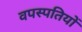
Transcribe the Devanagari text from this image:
वपस्पतियों